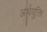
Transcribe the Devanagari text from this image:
अर्थयुक्ति